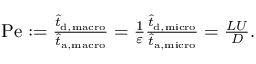
\begin{array} { r l } & { \mathrm { P e } : = \frac { \hat { t } _ { \tiny { \mathrm { d , m a c r o } } } } { \hat { t } _ { \tiny { \mathrm { a , m a c r o } } } } = \frac { 1 } { \varepsilon } \frac { \hat { t } _ { \tiny { \mathrm { d , m i c r o } } } } { \hat { t } _ { \tiny { \mathrm { a , m i c r o } } } } = \frac { L U } { D } . } \end{array}